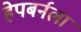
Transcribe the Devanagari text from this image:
हेपबर्नला